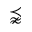
\precnapprox